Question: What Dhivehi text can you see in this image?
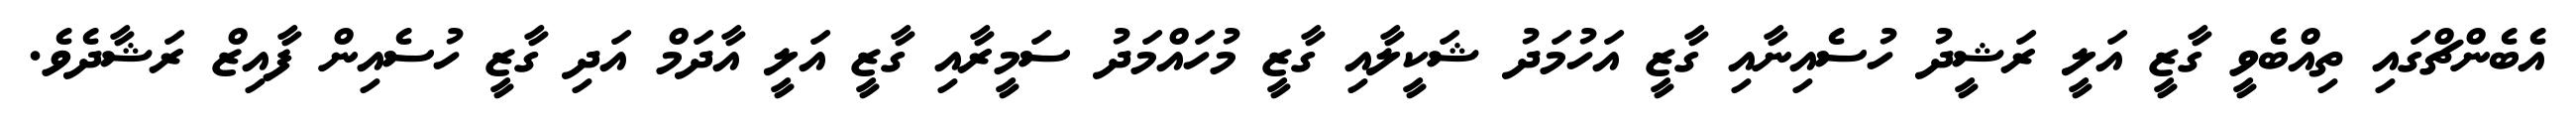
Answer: އެބެންޗްގައި ތިއްބެވީ ގާޒީ އަލީ ރަޝީދު ހުސެއިނާއި ގާޒީ އަހުމަދު ޝަކީލާއި ގާޒީ މުހައްމަދު ސަމީރާއި ގާޒީ އަލީ އާދަމް އަދި ގާޒީ ހުސެއިން ފާއިޒް ރަޝާދެވެ.